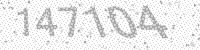
Solution: 147104